Vaccination in Bombay 1902-1912 - 1902-1912
Year: 1902
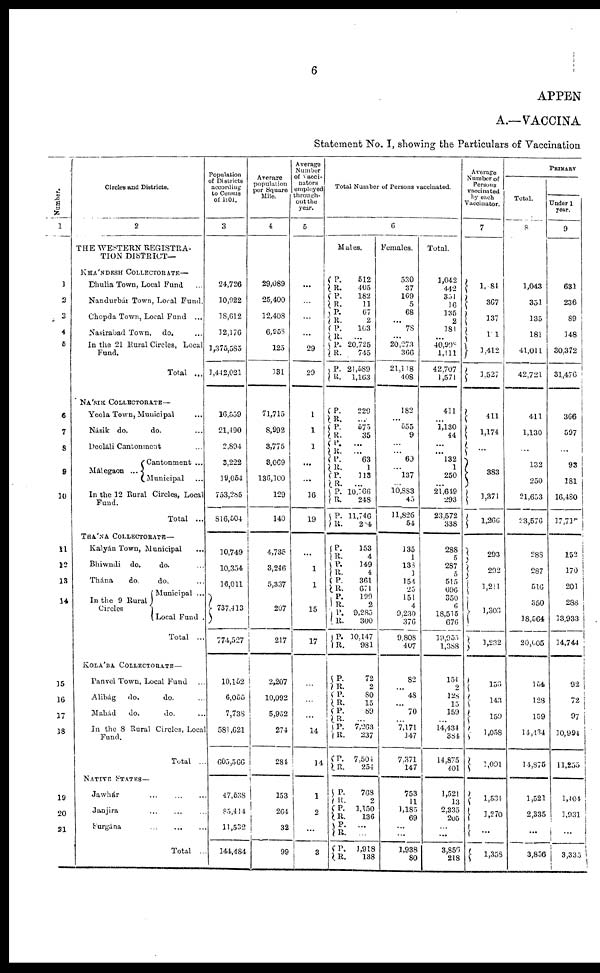
6
APPEN
A.—VACCINA
Statement No. I, showing the Particulars of Vaccination
Number.
1
1
2
3
4
5
6
7
8
9
10
11
12
13
14
15
16
17
18
19
20
21
Circles and Districts.
2
THE WESTERN REGISTRA-
TION DISTRICT—
KHÁNDESH COLLECTORATE—
Dhulia Town, Local Fund ...
Nandurbár Town, Local Fund.
Chopda Town, Local Fund ...
Nasirabad Town, do. ...
In the 21 Rural Circles, Local
Fund.
Total ...
NÁSIK COLLECTORATE—
Yeola Town, Municipal ...
Násik do.
do. ...
Deoláli Cantonment ...
Málegaon ...
Cantonment ...
Municipal ...
In the 12 Rural Circles, Local
Fund.
Total ...
THÁNA COLLECTORATE—
Kalyán Town, Municipal ...
Bhiwndi do.
do. ...
Thána
do.
do. ...
In the 9 Rural
Circles
Municipal ...
Local Fund .
Total ...
KOLÁBA COLLECTORATE —
Panvel Town, Local Fund ...
Alibág
do.
do. ...
Mahád
do.
do. ...
In the 8 Rural Circles, Local
Fund.
Total ...
NATIVE STATES—
Jawhár ... ... ...
Janjira
...
...
...
Surgána
... ... ...
Total ...
Population
of Districts
according
to Census
of 1901.
3
24,726
10,922
18,612
12,176
1,375,585
1,442,021
16,559
21,490
2,894
3,222
19,054
753,285
816,504
10,749
10,354
16,011
737,413
774,527
10,152
6,055
7,738
581,621
605,566
47,538
85,414
11,532
144,484
Average
population
per Square
Mile.
4
29,089
25,400
12,408
6,958
125
131
71,715
8,992
3,775
3,069
136,100
129
140
4,735
3,246
5,337
207
217
2,207
10,092
5,952
274
284
153
264
32
99
Average
Number
of Vacci-
nators
employed
through-
out the
year.
5
...
...
...
...
29
29
1
1
1
...
...
16
19
...
1
1
15
17
...
...
...
14
14
1
2
...
3
Total Number of Persons vaccinated.
6
Males.
P.
R.
P.
R.
P.
R.
P.
R.
P.
R.
P.
R.
P.
R.
P.
R.
P.
R.
P.
R.
P.
R.
P.
R.
P.
R.
P.
R.
P.
R.
P.
R.
P.
R.
P.
R.
P.
R.
P.
R.
P.
R.
P.
R.
P.
R.
P.
R.
P.
R.
P.
R. P.
R.
P.
R.
512
405
182
11
67
2
103
...
20,725
745
21,589
1,163
229
... 575
35
...
...
63
1
113
...
10,766
248
11,746
284
153
4
149
4
361
671
199
2
9,285
300
10,147
981
72
2
80
15
89
...
7,263
237
7,504
254
768
2
1,150
136
... ...
1,918
138
Females.
530
37
169
5
68
...
78
...
20,273
366
21,118
408
182
...
555
9
...
...
69
...
137
... 10,883
45
11,826
54
135
1
138
1
154
25
151
4
9,230
376
9,808
407
82
...
48
...
70
...
7,171
147
7,371
147
753
11
1,185
69
... ...
1,938
80
Total.
1,042
442
351
16
135
2
184
... 40,998
1,111
42,707
1,571
411
...
1,130
44
...
...
132
1
250
...
21,649
293
23,572
338
288
5
287
5
515
696
350
6
18,515
676
19,955
1,388
154
2
128
15
159
...
14,434
384
14,875
401
1,521
13
2,335
205
... ...
3,856
218
Average
Number of
Persons
vaccinated
by each
Vaccinator.
7
1,084
367
137
181
1,412
1,527
411
1,174
...
383
1,371
1,266
293
292
1,211
1,303
1,232
156
143
159
1,058
1,091
1,534
1,270
...
1,358
PRIMARY
Total.
8
1,043
351
135
181
41,011
42,721
411
1,130
... ...
132
250
21,653
23,576
288
287
516
350
18,564
20,605
154
128
159
14,434
14,875
1,521
2,335
...
3,856
Under 1
year.
9
631
236
89
148
30,372
31,476
366
597
...
93
181
16,480
17,717
152
170
201
288
13,933
14,744
92
72
97
10,994
11,255
1,404
1,931
...
3,335